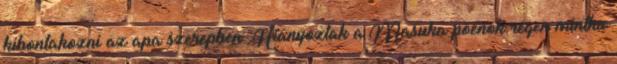
kibontakozni az apa szerepben. Hiányoztak a Masuka poénok.régen mintha